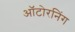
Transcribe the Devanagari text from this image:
ऑटोरनिंग